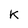
Character: K